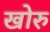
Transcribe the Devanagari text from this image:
खोरु